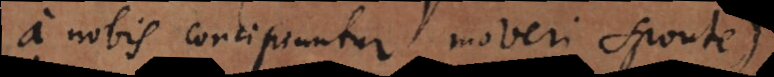
a nobis concipiuntur moveri sponte).